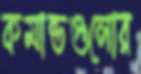
কমান্ডগুলোর